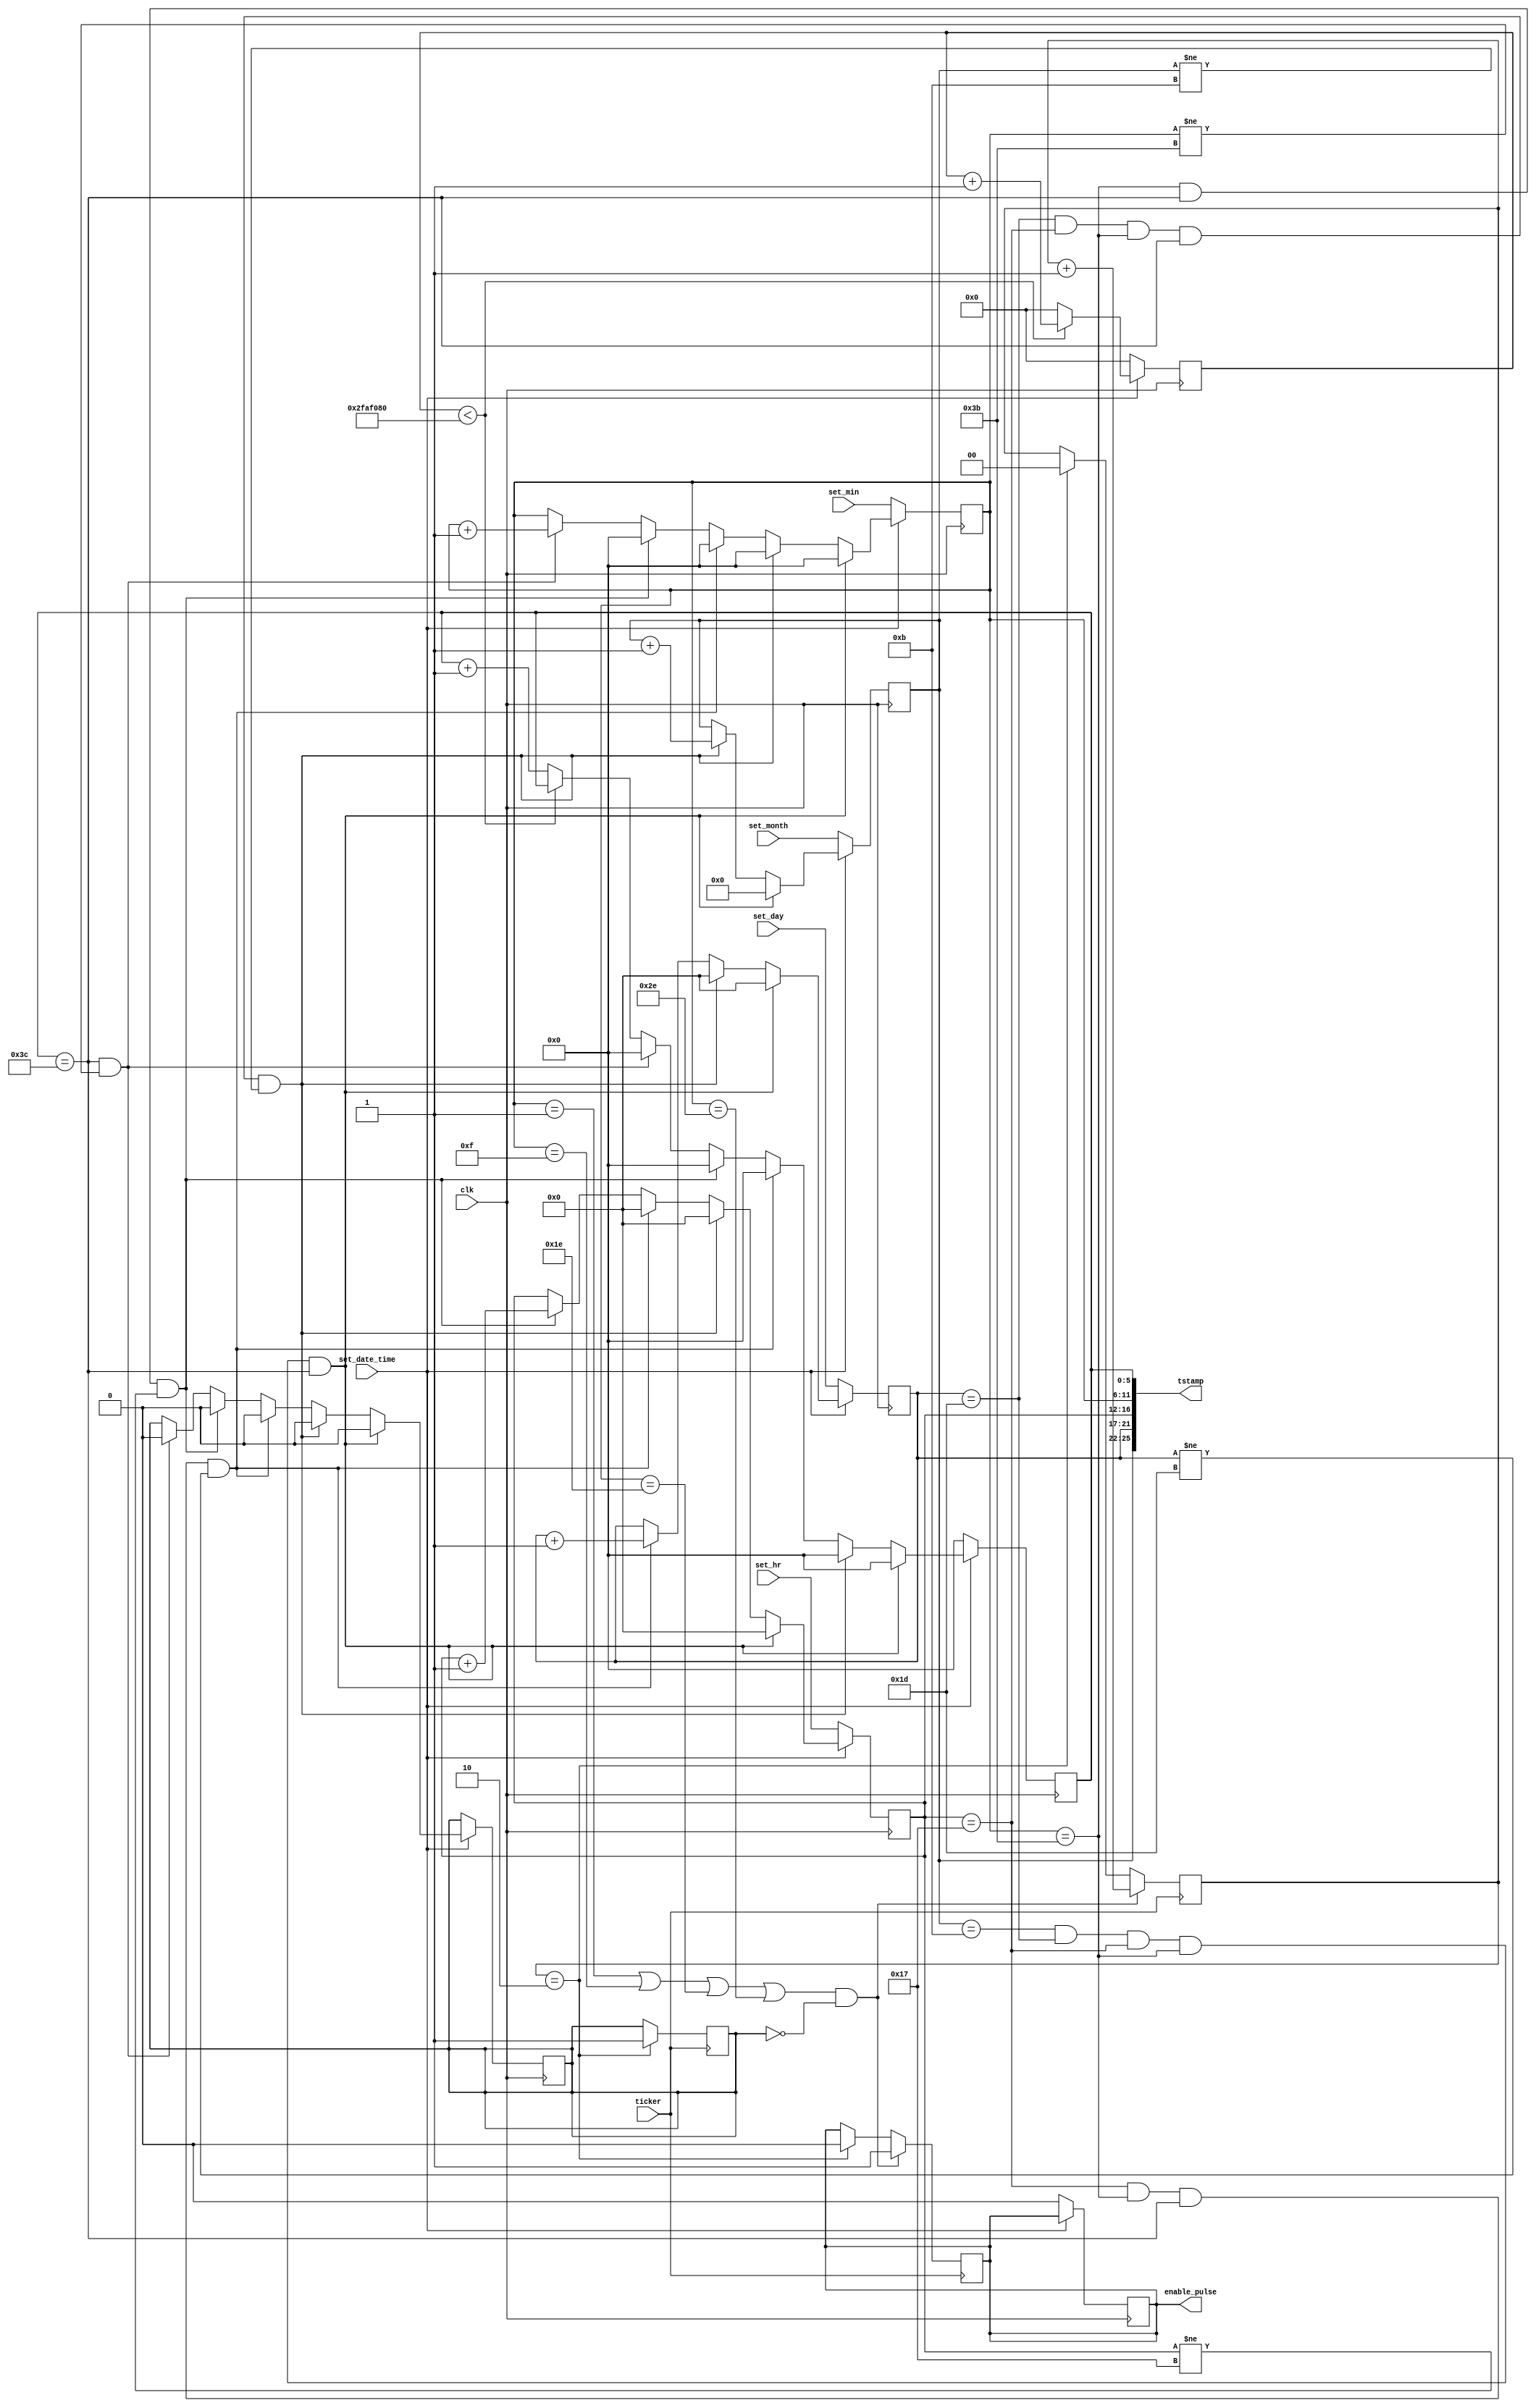
module digital_clock (set_min, set_hr, set_day, set_month,tstamp,clk,enable_pulse,ticker,set_date_time);
  
  output  enable_pulse;  //enable pulse is sent every 15 min. to Tx module
  output [25:0] tstamp;
  input [5:0] set_min;
  input [4:0] set_hr, set_day;
  input [3:0] set_month;
  input set_date_time,clk,ticker; //ticker is connected to baud generator
  
  reg [25:0] clk_c; // we need 26 bits to represent the number 50 million
  reg [5:0] sec_c , min_c;
  reg [4:0] hr_c,day_c;
  reg [3:0] mon_c;
  reg [1:0] tick_c;
  reg enable_pulse,tick_flag ;
  
  assign tstamp ={mon_c,day_c,hr_c,min_c,sec_c}; // timestamp should be decoded externally, width is 26 bits
  
  // enable pulse configuration
  always @ (posedge ticker)  // enable pulse should have a width of 2 tick pulses
  begin
  if (tick_c==2)
    begin 
      tick_c <= 2'b00 ;
      enable_pulse <=1'b0;
      tick_flag <=1'b1;
    end
  if ((min_c==1 || min_c==15 || min_c==30 || min_c==46) && ~tick_flag )
    begin
      enable_pulse <=1'b1;
      tick_c <= tick_c+1;
    end
  end
  
  
  always@(posedge clk)
  begin
    if (~set_date_time)
      begin
        clk_c <= {26*(1'b0)};
        sec_c <= {6*(1'b0)};
        min_c <= set_min;
        hr_c <= set_hr;
        day_c <= set_day;
        mon_c <= set_month;
        enable_pulse <=1'b0;
      end
    else
      
    begin
      
    if(clk_c < 26'h2FAF080)
      clk_c <= clk_c +1 ;
    else 
      begin 
        clk_c <= {26*(1'b0)} ;
        sec_c <= sec_c +1 ;
      end
    
    if(sec_c == 60 && min_c != 59) //once every minute
      begin 
        min_c <= min_c + 1 ;
        tick_flag <= 1'b0;  // the tick flag would reset every minute 
        sec_c <= {6*(1'b0)} ;  // there would be an error of 1 over 50 millionth of a second each second
      end
      
    if (min_c == 59 && sec_c == 60 && hr_c != 23) //once every hour
      begin
        hr_c <= hr_c + 1 ;
        min_c <= {6*(1'b0)} ;
        tick_flag <= 1'b0;
        sec_c <= {6*(1'b0)} ;
      end
      
    if(hr_c == 23 && min_c == 59 && sec_c == 60 && day_c !=29 ) //once every day
      begin
        day_c <= day_c +1 ;
        hr_c <= {5*(1'b0)} ;
        min_c <= {6*(1'b0)} ;
        tick_flag <= 1'b0;
        sec_c <= {6*(1'b0)} ;
      end
    if(day_c==29 && hr_c == 23 && min_c == 59 && sec_c == 60 && mon_c !=11) //once every month
      begin 
        mon_c <= mon_c +1;
        day_c <= {5*(1'b0)} ;
        hr_c <= {5*(1'b0)} ;
        min_c <= {6*(1'b0)} ;
        tick_flag <= 1'b0;
        sec_c <= {6*(1'b0)} ;
      end
    
    if(mon_c==11 && day_c==29 && hr_c == 23 && min_c == 59 && sec_c == 60) //once every year
      begin
        mon_c <= {4*(1'b0)};
        day_c <= {5*(1'b0)} ;
        hr_c <= {5*(1'b0)} ;
        min_c <= {6*(1'b0)} ;
        tick_flag <= 1'b0;
        sec_c <= {6*(1'b0)} ;  
      end
      
      end
  end

endmodule